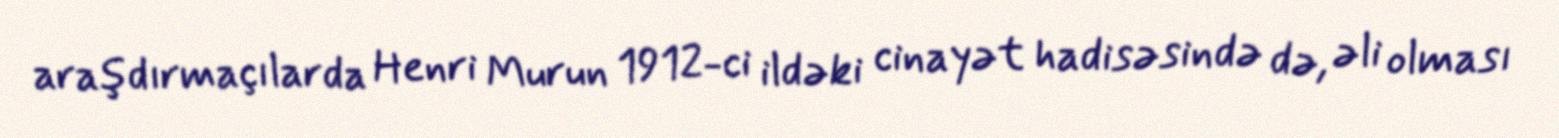
araşdırmaçılarda Henri Murun 1912-ci ildəki cinayət hadisəsində də, əli olması